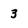
Character: 3